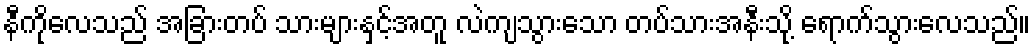
နီကိုလေသည် အခြားတပ် သားများနှင့်အတူ လဲကျသွားသော တပ်သားအနီးသို့ ရောက်သွားလေသည်။